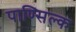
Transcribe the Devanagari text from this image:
पाण्सिल्क